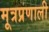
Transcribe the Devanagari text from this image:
मूत्रप्रणाली